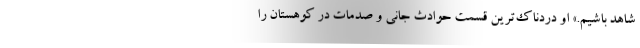
شاهد باشیم.» او دردناک‌ترین قسمت حوادث جانی و صدمات در کوهستان را